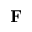
\mathbf { F }